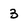
Character: 3